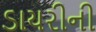
ડાયરીની